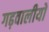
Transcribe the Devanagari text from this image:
गढ़वालीयों